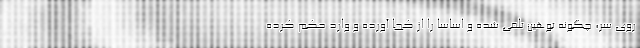
روی سر، چگونه توهین تلقی شده و اساساً را از کجا آورده و وارد حکم کرده